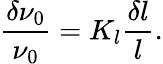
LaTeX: \frac{\delta\nu_{0}}{\nu_{0}}=K_{l}\frac{\delta l}{l}.